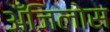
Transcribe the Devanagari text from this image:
अँजिलोस